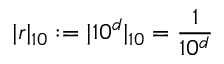
| r | _ { 1 0 } : = | 1 0 ^ { d } | _ { 1 0 } = { \frac { 1 } { 1 0 ^ { d } } }